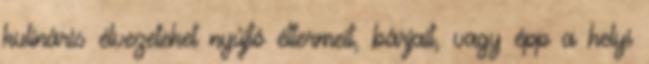
kulináris élvezeteket nyújtó éttermeit, bárjait, vagy épp a helyi